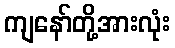
ကျနော်တို့အားလုံး